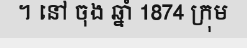
។ នៅ ចុង ឆ្នាំ 1874 ក្រុម